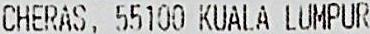
CHERAS, 55100 KUALA LUMPUR